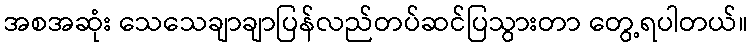
အစအဆုံး သေသေချာချာပြန်လည်တပ်ဆင်ပြသွားတာ တွေ့ရပါတယ်။